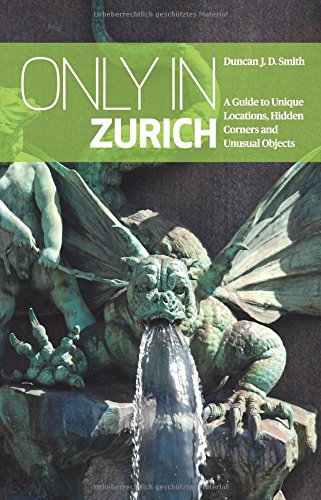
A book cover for Only in Zurich: A Guide to Unique Locations, Hidden Corners and Unusual Objects ("Only in" Guides) (Only in Guides); Duncan J. D. Smith; Travel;